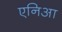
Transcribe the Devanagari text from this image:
एनिआ